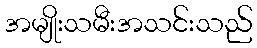
အမျိုးသမီးအသင်းသည်